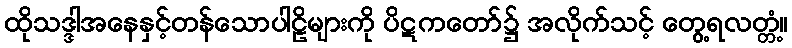
ထိုသဒ္ဒါအနေနှင့်တန်သောပါဠိများကို ပိဋကတော်၌ အလိုက်သင့် တွေ့ရလတ္တံ့။